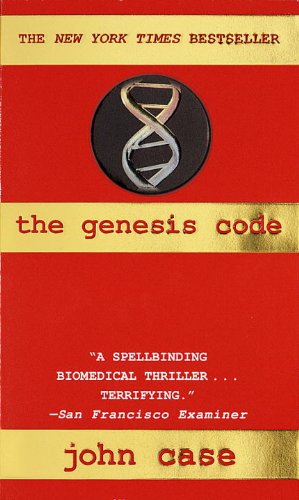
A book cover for The Genesis Code; John Case; Mystery, Thriller & Suspense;